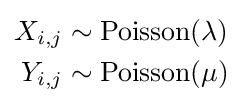
{\begin{aligned}X_{i,j}&\sim {\text{Poisson}}(\lambda )\\Y_{i,j}&\sim {\text{Poisson}}(\mu )\\\end{aligned}}